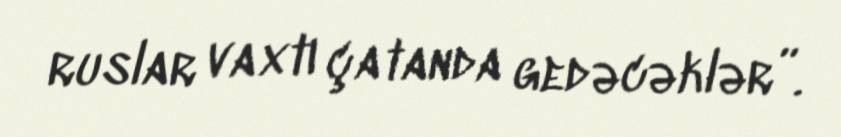
ruslar vaxtı çatanda gedəcəklər”.